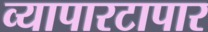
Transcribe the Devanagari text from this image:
व्यापारटापार